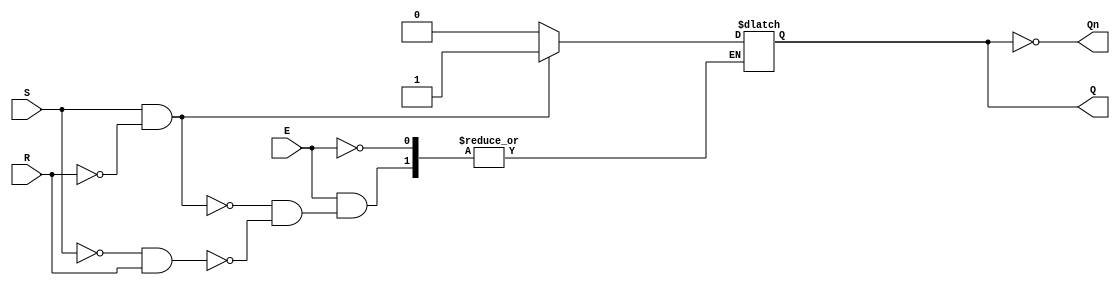
module gated_sr_latch (
    input wire S,    // Set input
    input wire R,    // Reset input
    input wire E,    // Enable input
    output reg Q,    // Output Q
    output reg Qn    // Complement of Q
);

    always @(*) begin
        if (E) begin
            // Enable is high, we can change state
            if (S && ~R) begin
                Q <= 1'b1;  // Set state
            end else if (~S && R) begin
                Q <= 1'b0;  // Reset state
            end
            // If both S and R are low, maintain the current state
            // If both S and R are high, this could lead to unpredictable state, we won't assign Q in that case
        end
        // Qn is the complement of Q
        Qn <= ~Q;
    end

endmodule